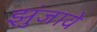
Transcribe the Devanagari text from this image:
झुंजावे